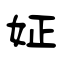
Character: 姃